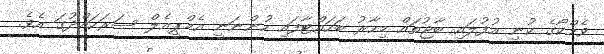
ވެމްކޯގެ ކުނި އުފުލައި ބާޖުތައް މިހާރު ބަހައްޓާފައި ހުންނަނީ އެމްޕީއެލް ސަރަހައްދުގަ އެވެ.